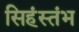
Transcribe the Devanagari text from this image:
सिहंस्तंभ